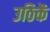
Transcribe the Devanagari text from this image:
उठिकें